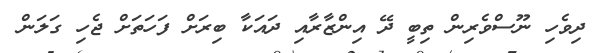
ދިވެހި ނޫސްވެރިން ތިބީ ދޭ އިންޒާރާއި ދައަކާ ބިރަށް ފަހަތަށް ޖެހި ގަލަން